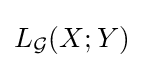
L_{\mathcal {G}}(X;Y)